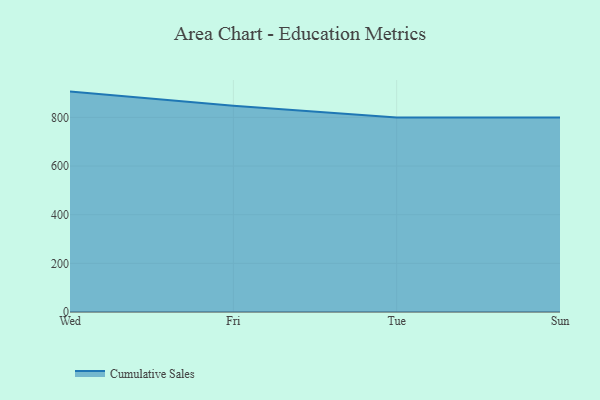
{"axis": {"x": "Day", "y": "Waste Production (Tons)"}, "legend": ["Cumulative Sales"], "data": [{"x": "Wed", "y": 906.0, "type": "Cumulative Sales"}, {"x": "Fri", "y": 848.2, "type": "Cumulative Sales"}, {"x": "Tue", "y": 800, "type": "Cumulative Sales"}, {"x": "Sun", "y": 800, "type": "Cumulative Sales"}]}